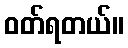
ဝတ်ရတယ်။